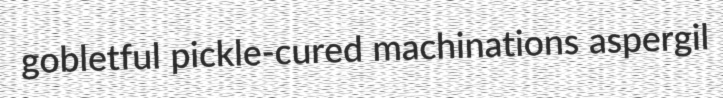
gobletful pickle-cured machinations aspergil